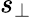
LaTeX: s_{\perp}